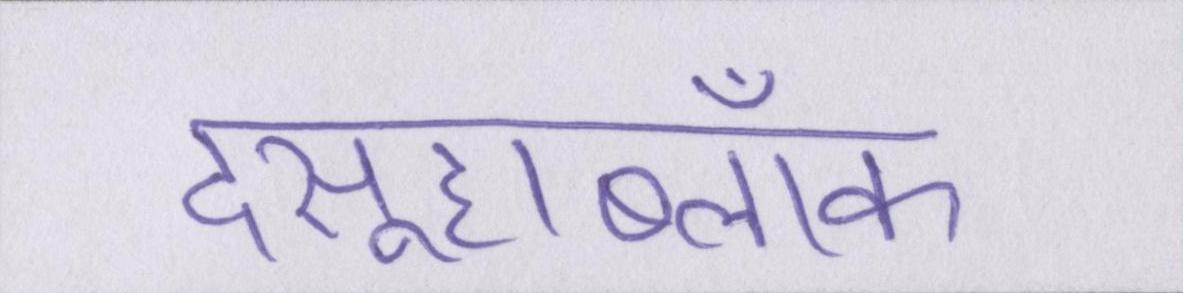
दसूहाब्लॉक